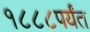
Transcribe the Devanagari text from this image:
१८८८पर्यंत